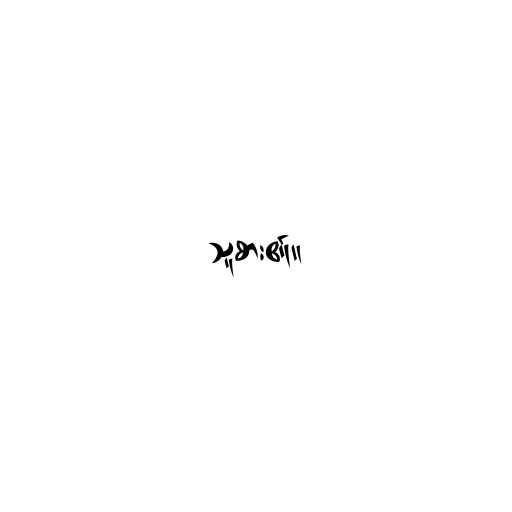
သူစား၏။